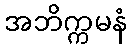
အဘိက္ကမနံ